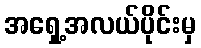
အရှေ့အလယ်ပိုင်းမှ